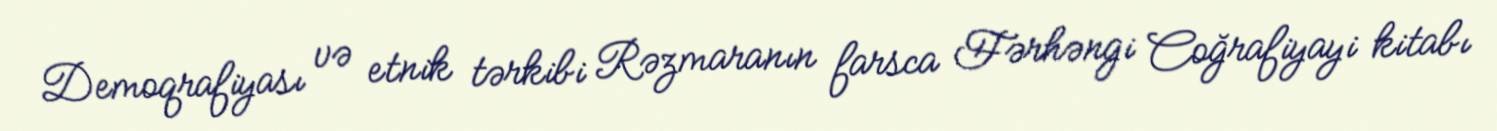
Demoqrafiyası və etnik tərkibi Rəzmaranın farsca Fərhəngi Coğrafiyayi kitabı